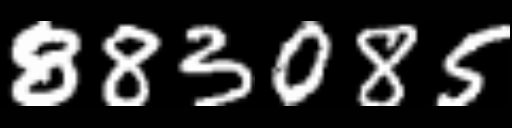
Text: 883085